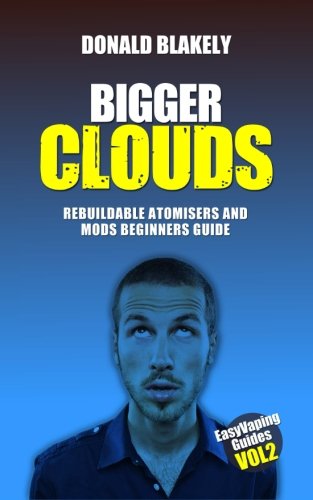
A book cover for Bigger Clouds: Rebuildable atomisers and mods beginners guide (Easy Vaping Guides) (Volume 2); Donald Blakely; Health, Fitness & Dieting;